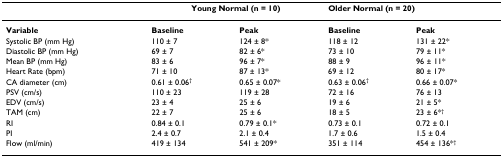
<table><thead><tr><td></td><td colspan="2"><b>Young Normal (n = 10)</b></td><td colspan="2"><b>Older Normal (n = 20)</b></td></tr></thead><tbody><tr><td><b>Variable</b></td><td><b>Baseline</b></td><td><b>Peak</b></td><td><b>Baseline</b></td><td><b>Peak</b></td></tr><tr><td>Systolic BP (mm Hg)</td><td>110 ± 7</td><td>124 ± 8*</td><td>118 ± 12</td><td>131 ± 22*</td></tr><tr><td>Diastolic BP (mm Hg)</td><td>69 ± 7</td><td>82 ± 6*</td><td>73 ± 10</td><td>79 ± 11*</td></tr><tr><td>Mean BP (mm Hg)</td><td>83 ± 6</td><td>96 ± 7*</td><td>88 ± 9</td><td>96 ± 11*</td></tr><tr><td>Heart Rate (bpm)</td><td>71 ± 10</td><td>87 ± 13*</td><td>69 ± 12</td><td>80 ± 17*</td></tr><tr><td>CA diameter (cm)</td><td>0.61 ± 0.06<sup>†</sup></td><td>0.65 ± 0.07*</td><td>0.63 ± 0.06<sup>†</sup></td><td>0.66 ± 0.07*</td></tr><tr><td>PSV (cm/s)</td><td>110 ± 23</td><td>119 ± 28</td><td>72 ± 16</td><td>76 ± 13</td></tr><tr><td>EDV (cm/s)</td><td>23 ± 4</td><td>25 ± 6</td><td>19 ± 6</td><td>21 ± 5*</td></tr><tr><td>TAM (cm)</td><td>22 ± 7</td><td>25 ± 6</td><td>18 ± 5</td><td>23 ± 6*<sup>†</sup></td></tr><tr><td>RI</td><td>0.84 ± 0.1</td><td>0.79 ± 0.1*</td><td>0.73 ± 0.1</td><td>0.72 ± 0.1</td></tr><tr><td>PI</td><td>2.4 ± 0.7</td><td>2.1 ± 0.4</td><td>1.7 ± 0.6</td><td>1.5 ± 0.4</td></tr><tr><td>Flow (ml/min)</td><td>419 ± 134</td><td>541 ± 209*</td><td>351 ± 114</td><td>454 ± 136*<sup>†</sup></td></tr></tbody></table>